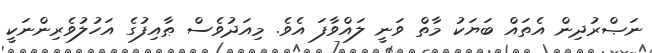
ނަޞްރުދިން އެތައް ބަޔަކު މާތް ވަނީ ލައްވާފަ އެވެ. މިއަދުވެސް ޠާއިފުގެ އަހުލުވެރިންނަކީ